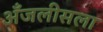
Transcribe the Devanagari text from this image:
अँजलीसला